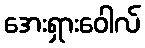
အေးရှားဝေါလ်